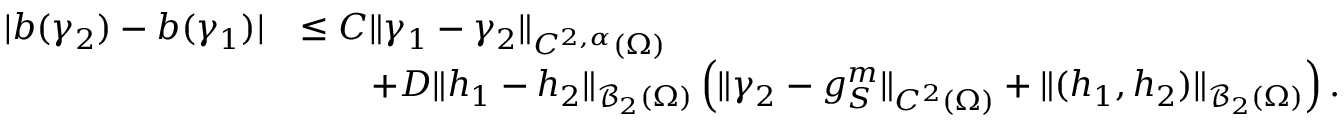
\begin{array} { r l } { | b ( \gamma _ { 2 } ) - b ( \gamma _ { 1 } ) | } & { \leq C \| \gamma _ { 1 } - \gamma _ { 2 } \| _ { C ^ { 2 , \alpha } ( \Omega ) } } \\ & { \qquad + D \| h _ { 1 } - h _ { 2 } \| _ { \mathcal B _ { 2 } ( \Omega ) } \left( \| \gamma _ { 2 } - g _ { S } ^ { m } \| _ { C ^ { 2 } ( \Omega ) } + \| ( h _ { 1 } , h _ { 2 } ) \| _ { \mathcal B _ { 2 } ( \Omega ) } \right) . } \end{array}